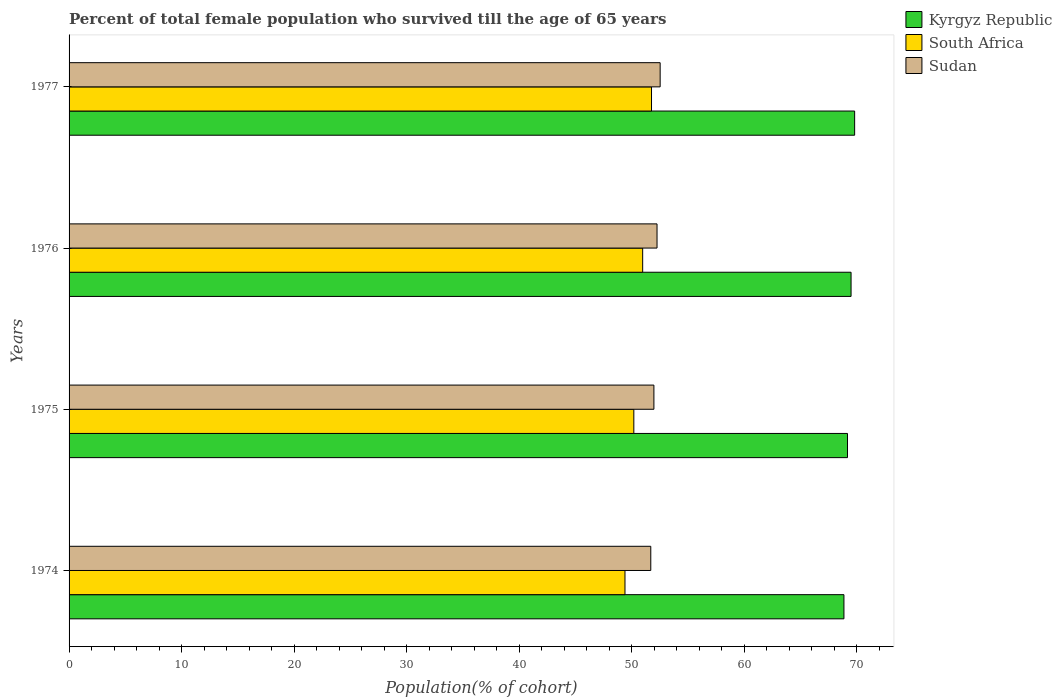
| Years | Kyrgyz Republic | South Africa | Sudan |
 | --- | --- | --- | --- |
 | 1974 | 68.8 | 49.4 | 51.7 |
 | 1975 | 69.2 | 50.2 | 52 |
 | 1976 | 69.5 | 51 | 52.2 |
 | 1977 | 69.8 | 51.8 | 52.5 |